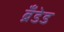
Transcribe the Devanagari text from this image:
ब्रँडेड